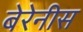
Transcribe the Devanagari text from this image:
बेरेनीस